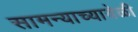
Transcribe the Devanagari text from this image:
सामन्याच्यावेळी